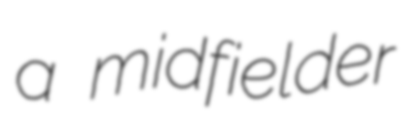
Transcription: a midfielder